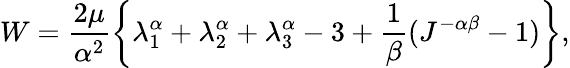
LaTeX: W=\frac{2\mu}{\alpha^{2}}\left\{ \lambda_{1}^{\alpha}+\lambda_{2}^{\alpha}+\lambda_{3}^{\alpha}-3+\frac{1}{\beta}(J^{-\alpha\beta}-1)\right\} ,